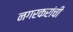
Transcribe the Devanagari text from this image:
नगरकरांची